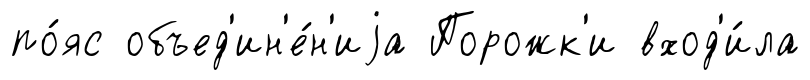
по́яс объед'ин'е́н'иjа Порожк'и вход'и́ла